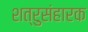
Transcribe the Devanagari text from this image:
शत्रुसंहारक